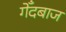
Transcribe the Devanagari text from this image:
गेँदबाज